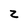
Character: z